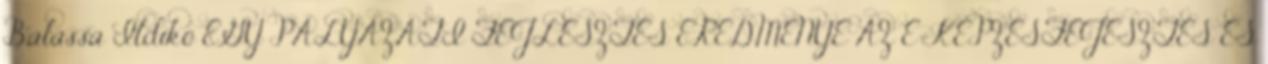
Balassa Ildikó EGY PÁLYÁZATI FEJLESZTÉS EREDMÉNYE AZ E-KÉPZÉSFEJESZTÉS ÉS